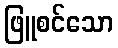
ဖြူစင်သော